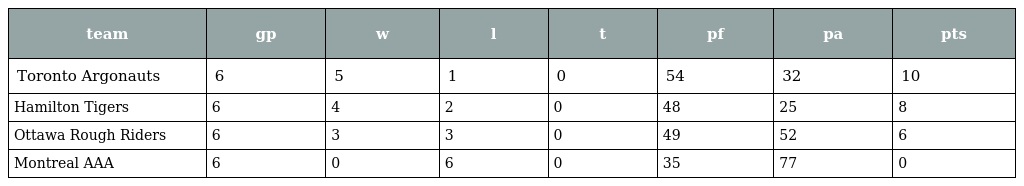
| team | gp | w | l | t | pf | pa | pts |
 | --- | --- | --- | --- | --- | --- | --- | --- |
 | Toronto Argonauts | 6 | 5 | 1 | 0 | 54 | 32 | 10 |
 | Hamilton Tigers | 6 | 4 | 2 | 0 | 48 | 25 | 8 |
 | Ottawa Rough Riders | 6 | 3 | 3 | 0 | 49 | 52 | 6 |
 | Montreal AAA | 6 | 0 | 6 | 0 | 35 | 77 | 0 |